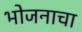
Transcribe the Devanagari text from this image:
भोजनाचा